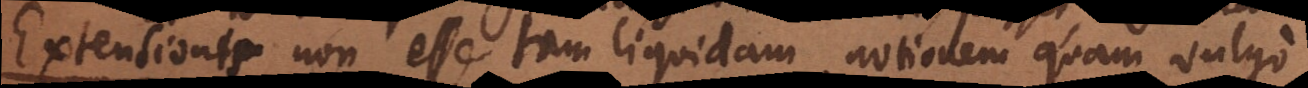
Extensionis non esse tam liquidam notionem quam vulgo